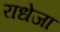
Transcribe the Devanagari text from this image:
राधेजा